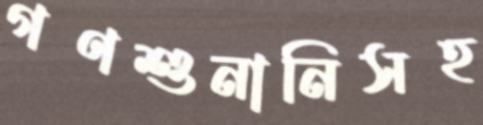
গণশুনানিসহ